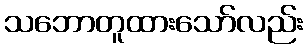
သဘောတူထားသော်လည်း